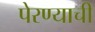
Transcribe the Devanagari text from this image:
पेरण्याची